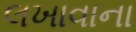
લખાવાના